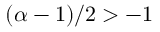
( \alpha - 1 ) / 2 > - 1